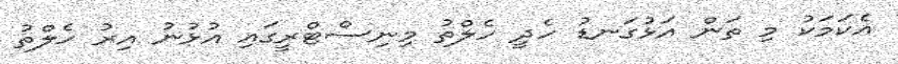
އެކަމަކު މި ތަން އަޅުގަނޑު ހެދީ ހެލްތު މިނިސްޓްރީގައި އުޅުނު އިރު ހެލްތު